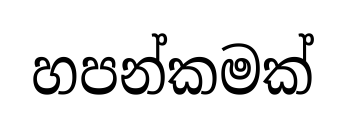
හපන්කමක්